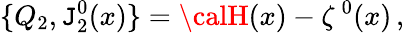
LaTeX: \{ Q_{2},\mathtt{J}_{2}^{0}(x)\} ={\calH}(x)-\zeta^{\, 0}(x)\, ,